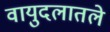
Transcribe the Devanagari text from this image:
वायुदलातले